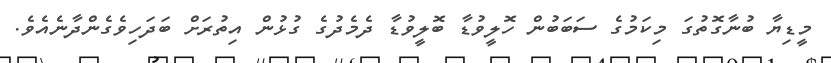
މީޑިޔާ ބުނާގޮތުގަ މިކަމުގެ ސަބަބުން ހޮލީވުޑާ ބޮލީވުޑާ ދެމެދުގެ ގުޅުން އިތުރަށް ބަދަހިވެގެންދާނެއެވެ.